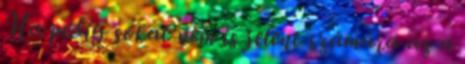
Ha pedig sokat nem is jelent számára az a